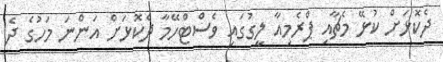
ދެކޮޅަށް ކުޅޭ މެޗާއި ޕްރެމިއާ ލީގުގައި ވެސްޓްހޭމާ ދެކޮޅަށް އަންނަ މަހުގެ ދެ